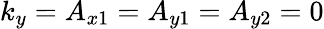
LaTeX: k_{y}=A_{x1}=A_{y1}=A_{y2}=0